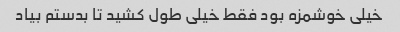
خیلی خوشمزه بود فقط خیلی طول کشید تا بدستم بیاد